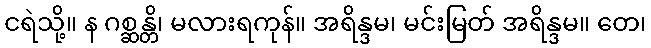
ငရဲသို့။ န ဂစ္ဆန္တိ၊ မလားရကုန်။ အရိန္ဒမ၊ မင်းမြတ် အရိန္ဒမ။ တေ၊